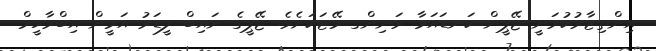
އިންތިޒާރުކުރަނީ ޖޭޕީން ކަނޑައަޅާ ރަނިންގ މޭޓަކަށެވެ. ޖޭޕީގެ ނައިބް ލީޑަރު އަމީން އިބްރާހީމް